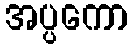
အပ္ပကော